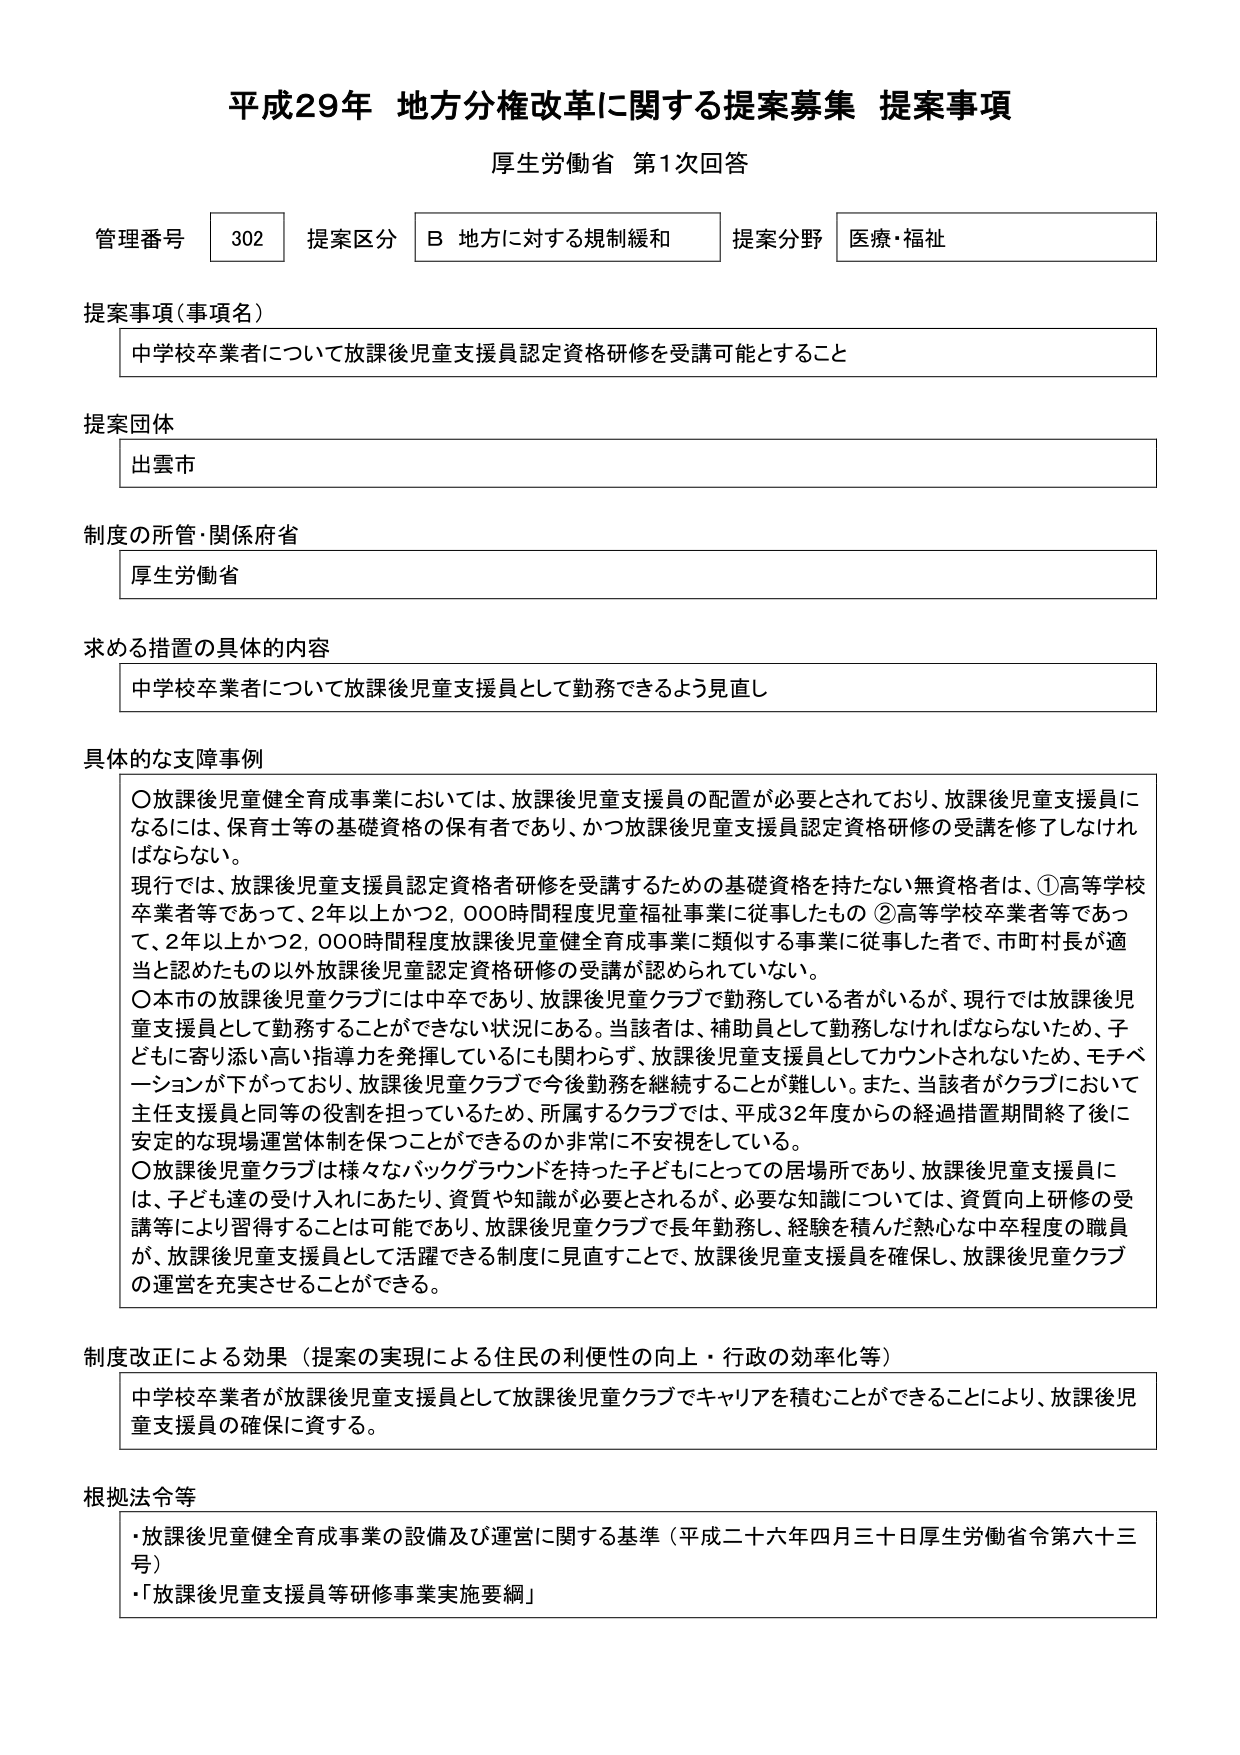
平成29年 地方分権改革に関する提案募集 提案事項
厚生労働省 第1次回答

管理番号 302 提案区分 B 地方に対する規制緩和 提案分野 医療・福祉

提案事項（事項名）
中学校卒業者について放課後児童支援員認定資格研修を受講可能とすること

提案団体
出雲市

制度の所管・関係府省
厚生労働省

求める措置の具体的内容
中学校卒業者について放課後児童支援員として勤務できるよう見直し

具体的な支援事例
〇放課後児童健全育成事業においては、放課後児童支援員の配置が必要とされており、放課後児童支援員になるには、保育士等の基礎資格の保有者であり、かつ放課後児童支援員認定資格研修の受講を修了しなければならない。
現行では、放課後児童支援員認定資格者研修を受講するための基礎資格を持たない無資格者は、①高等学校卒業者等であって、2年以上かつ2,000時間程度児童福祉事業に従事したもの ②高等学校卒業者等であって、2年以上かつ2,000時間程度放課後児童健全育成事業に類似する事業に従事した者で、市町村長が適当と認めたもの以外放課後児童認定資格研修の受講が認められていない。
〇本市の放課後児童クラブには中卒であり、放課後児童クラブで勤務している者がいるが、現行では放課後児童支援員として勤務することができない状況にある。当該者は、補助員として勤務しなければならないため、子どもに寄り添い高い指導力を発揮しているにも関わらず、放課後児童支援員としてカウントされないため、モチベーションが下がっており、放課後児童クラブで今後勤務を継続することが難しい。また、当該者がクラブにおいて主任支援員と同等の役割を担っているため、所属するクラブでは、平成32年度からの経過措置期間終了後に安定的な現場運営体制を保つことができるのか非常に不安視している。
〇放課後児童クラブは様々なバックグラウンドを持った子どもにとっての居場所であり、放課後児童支援員には、子ども達の受け入れにあたり、資質や知識が必要とされるが、必要な知識については、資質向上研修の受講等により習得することは可能であり、放課後児童クラブで長年勤務し、経験を積んだ熱心な中卒程度の職員が、放課後児童支援員として活躍できる制度に見直すことで、放課後児童支援員を確保し、放課後児童クラブの運営を充実させることができる。

制度改正による効果（提案の実現による住民の利便性の向上・行政の効率化等）
中学校卒業者が放課後児童支援員として放課後児童クラブでキャリアを積むことができることにより、放課後児童支援員の確保に資する。

根拠法令等
・放課後児童健全育成事業の設備及び運営に関する基準（平成二十六年四月三十日厚生労働省令第六十三号）
・「放課後児童支援員等研修事業実施要綱」